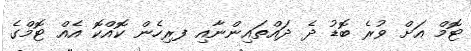
ޓޮމް އަށް ވުރެ ބޮޑު ދެ ދައްތައިންނާއި ފރިހެން ކޮއްކޮ އެއް ޓޮމްގެ